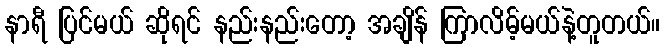
နာရီ ပြင်မယ် ဆိုရင် နည်းနည်းတော့ အချိန် ကြာလိမ့်မယ်နဲ့တူတယ်။